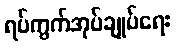
ရပ်ကွက်အုပ်ချုပ်ရေး